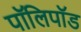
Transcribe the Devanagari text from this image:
पॉलिपॉड